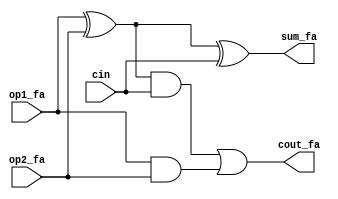
`timescale 1ns/10ps

//1 bit fulladder
module FA(sum_fa, cout_fa, op1_fa, op2_fa, cin);
output sum_fa, cout_fa;
input op1_fa, op2_fa, cin;

assign sum_fa = op1_fa ^ op2_fa ^ cin;
assign cout_fa = ((op1_fa ^ op2_fa) & cin) | (op1_fa & op2_fa);

endmodule